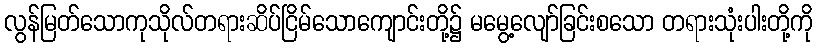
လွန်မြတ်သောကုသိုလ်တရားဆိပ်ငြိမ်သောကျောင်းတို့၌ မမွေ့လျော်ခြင်းစသော တရားသုံးပါးတို့ကို